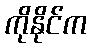
ကိုနိုင်က